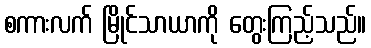
စကားလက် မြိုင်သာယာကို တွေးကြည့်သည်။